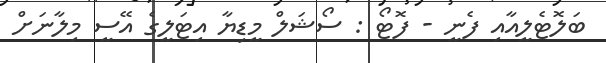
ބަލޮޓެލީއާއި ފެނީ - ފޮޓޯ : ސޯޝަލް މީޑިޔާ އިޓަލީގެ އޭސީ މިލާނަށް